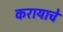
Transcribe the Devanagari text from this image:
करायाचे